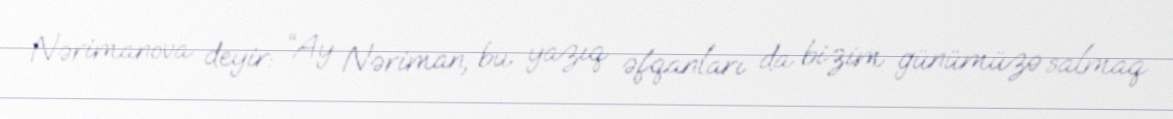
Nərimanova deyir: “Ay Nəriman, bu yazıq əfqanları da bizim günümüzə salmaq